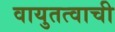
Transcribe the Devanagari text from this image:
वायुतत्वाची